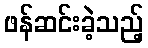
ဖန်ဆင်းခဲ့သည့်